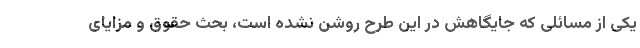
یکی از مسائلی که جایگاهش در این طرح روشن نشده است، بحث حقوق و مزایای